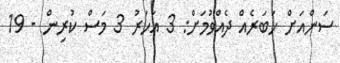
ސަންއަށް ޚަބަރެއް ދެއްވުމަށް: 3 އަހަރު 3 މަސް ކުރިން - 19